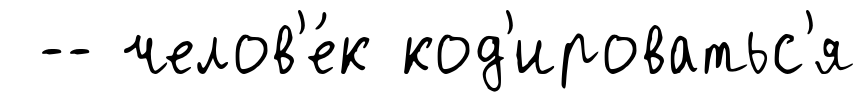
-- челов'е́к код'ироватьс'я